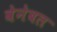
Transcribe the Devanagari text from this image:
वेनेबल